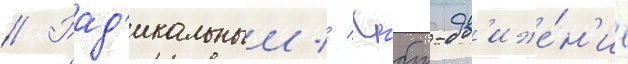
// Рад'икальныи // Лгбт-дв'иже́н'ие